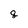
Character: 8